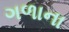
ગળાના